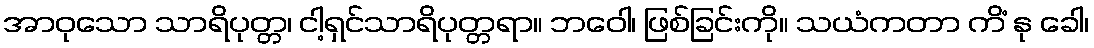
အာဝုသော သာရိပုတ္တ၊ ငါ့ရှင်သာရိပုတ္တရာ။ ဘဝေါ၊ ဖြစ်ခြင်းကို။ သယံကတာ ကိံ နု ခေါ၊